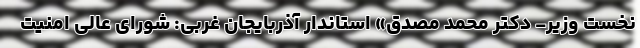
نخست وزیر- دکتر محمد مصدق» استاندار آذربایجان غربی: شورای عالی امنیت